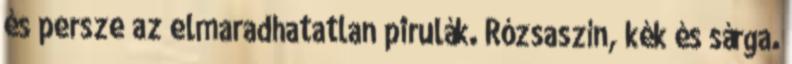
és persze az elmaradhatatlan pirulák. Rózsaszín, kék és sárga.